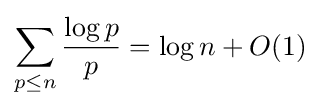
\sum _{p\leq n}{\frac {\log p}{p}}=\log n+O(1)